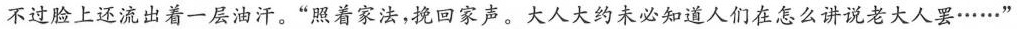
不过脸上还流出着一层油汗。“照着家法,挽回家声。大人大约未必知道人们在怎么讲说老大人罢\cdots \cdots ”